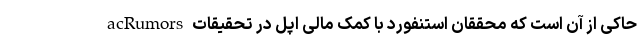
acRumors حاکی از آن است که محققان استنفورد با کمک مالی اپل در تحقیقات